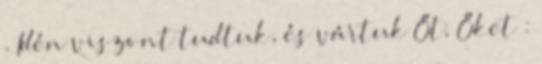
. Idén viszont tudtuk, és vártuk Őt, Őket :